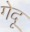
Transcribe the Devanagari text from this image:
गेदू